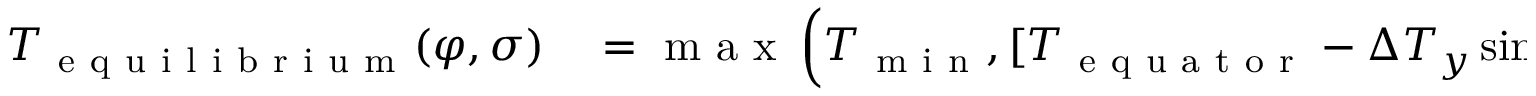
\begin{array} { r l } { T _ { \mathrm { ~ e ~ q ~ u ~ i ~ l ~ i ~ b ~ r ~ i ~ u ~ m ~ } } ( \varphi , \sigma ) } & { { } = \mathrm { ~ m ~ a ~ x ~ } \left( T _ { \mathrm { ~ m ~ i ~ n ~ } } , [ T _ { \mathrm { ~ e ~ q ~ u ~ a ~ t ~ o ~ r ~ } } - \Delta T _ { y } \sin ^ { 2 } ( \varphi ) - \Delta \theta _ { z } \ln ( \sigma ) \cos ( \varphi ) ] \sigma ^ { R _ { d } / c _ { p } } \right) , } \end{array}